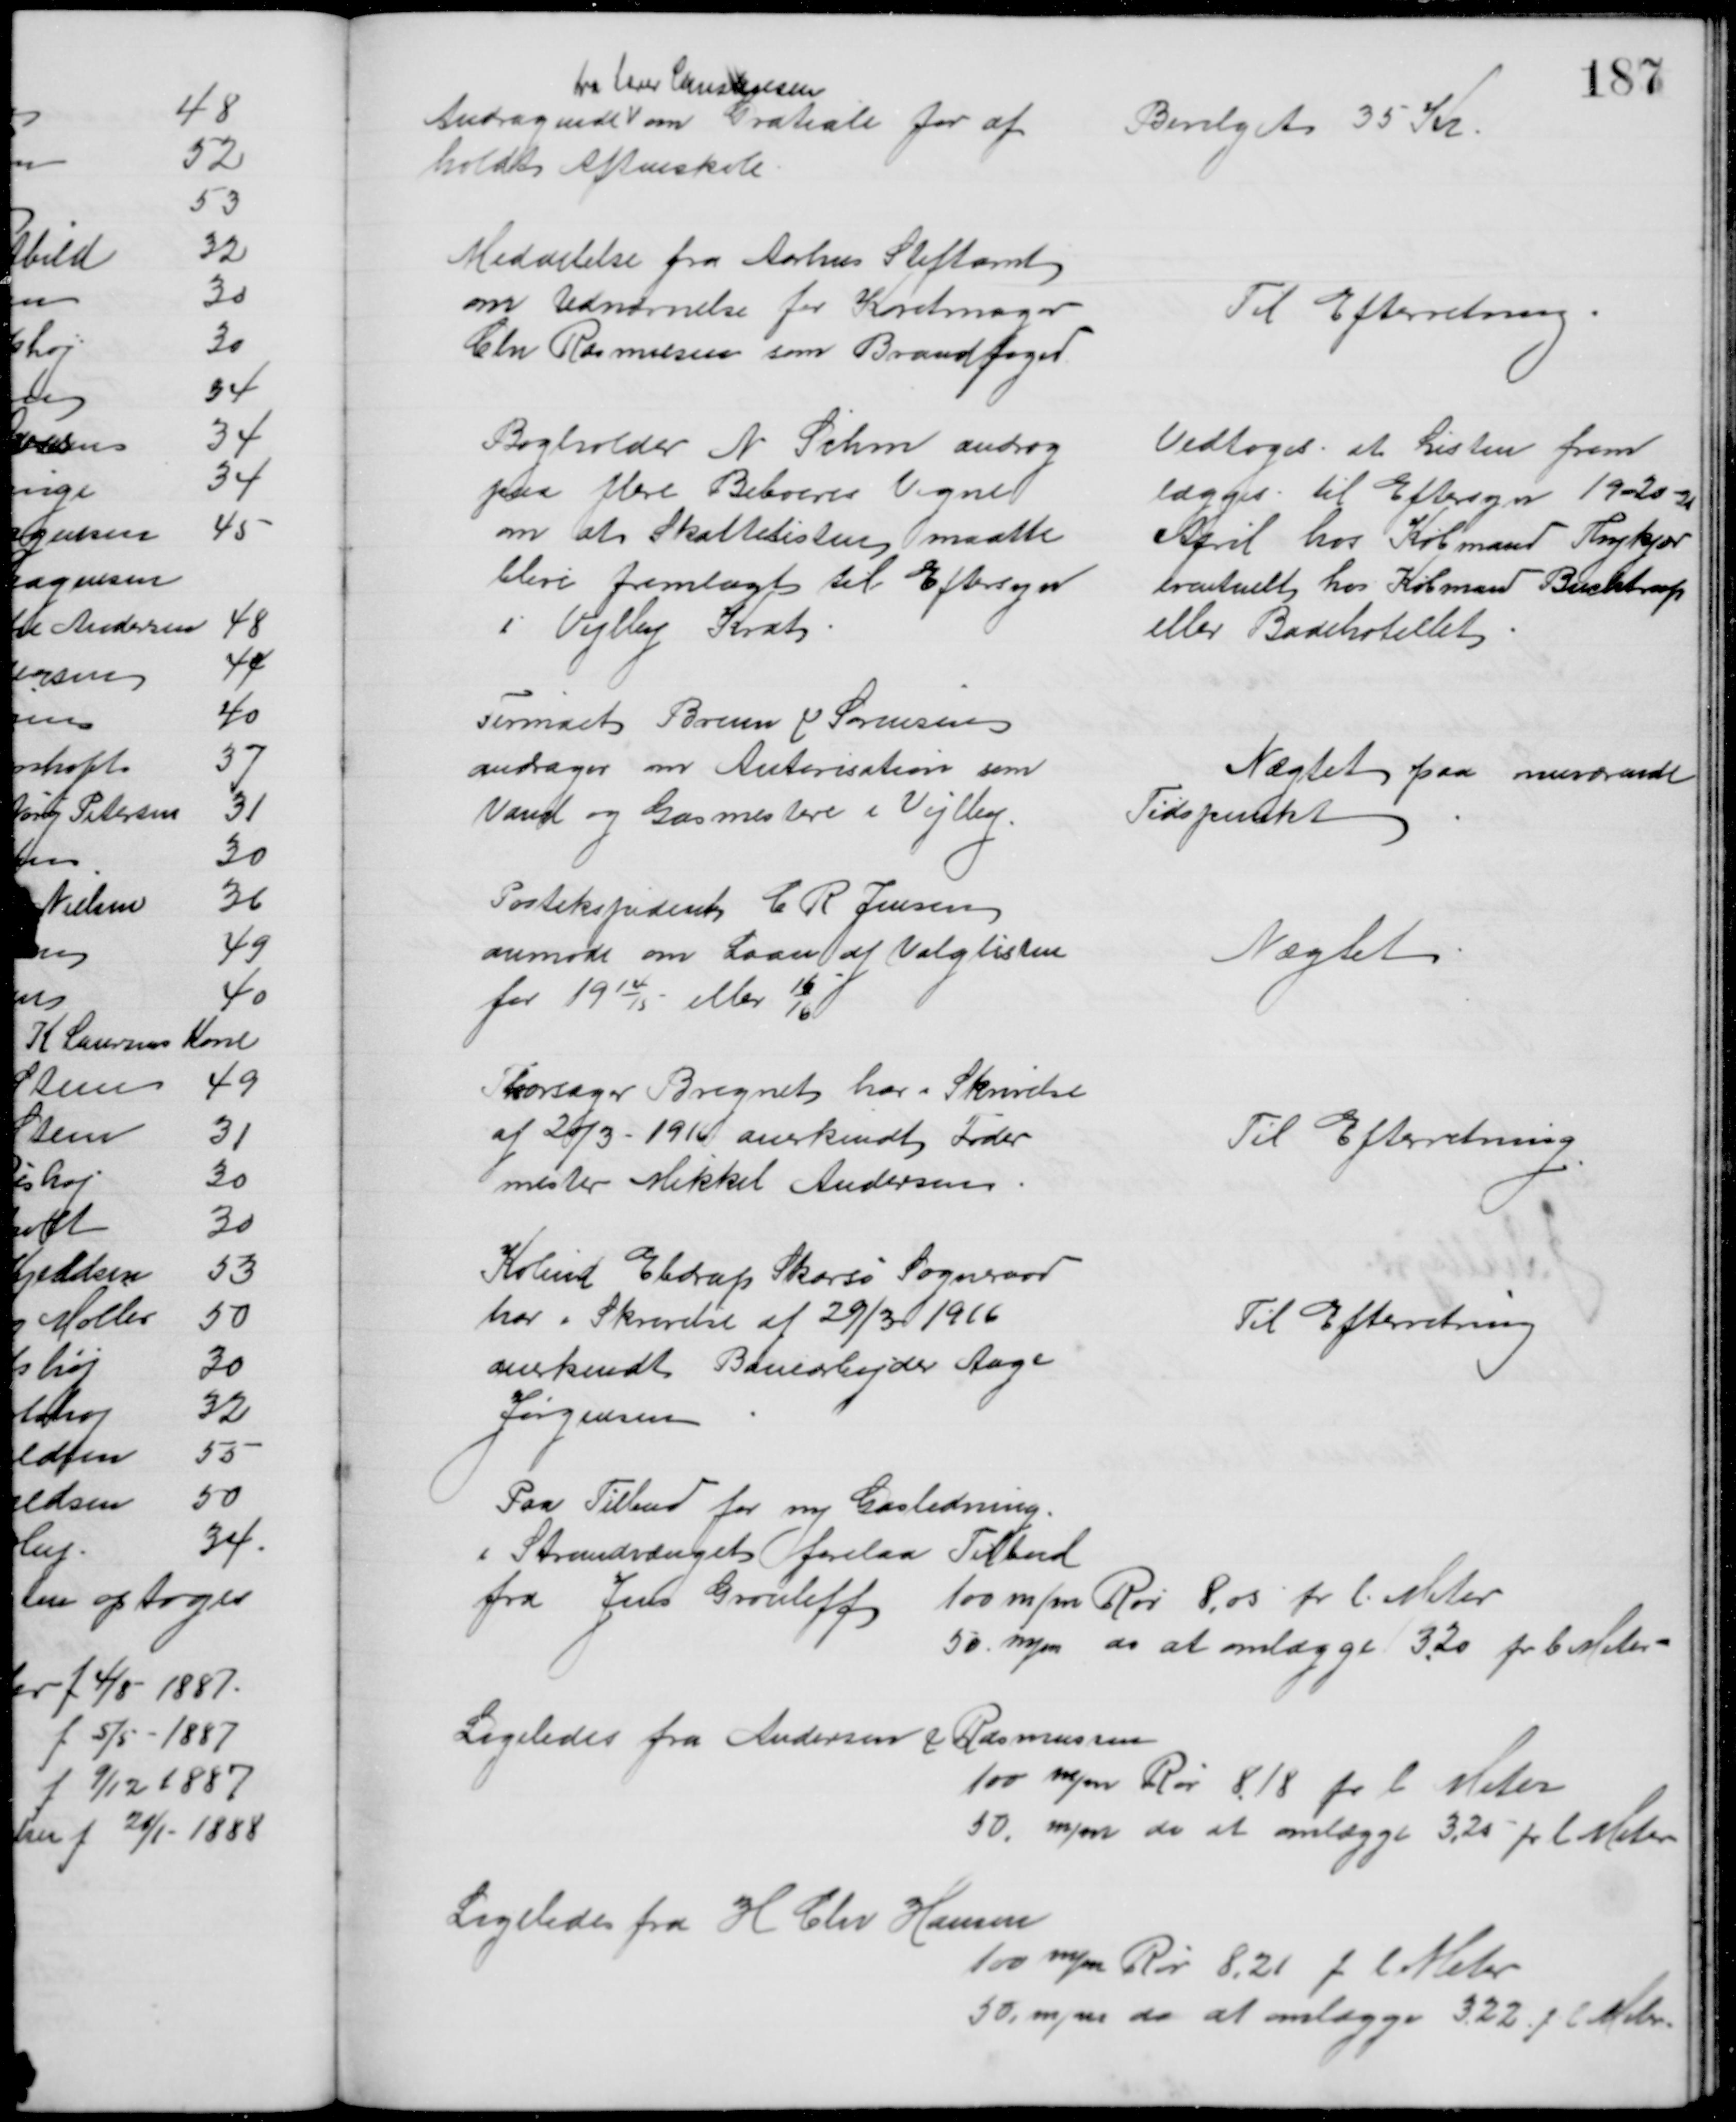
Transskription:
Andragende 
fra Lærer Christensen
om Gratiale for af
holdt Aftenskole
Bevilget 35 Kr
Meddelelse fra Aarhus Stiftamt
om Udnævnelse for Karetmager
Chr Rasmussen som Brandfoged
Til Efterretning
Bogholder N. Sihm androg
paa flere Beboeres Vegne
om at Skattelisten maatte
blive fremlagt til Eftersyn
i Vejlby Krat
Vedtoges at Listen frem
lægges til Eftersyn 19-20-21
April hos Købmand Thykjær
eventuelt hos Købmand Buchtrup
eller Badehotellet
Firmaet Bruun & Sørensen
andrager om Autorisation som
Vand og Gasmestere i Vejlby
Nægtet paa nuværende
Tidspunkt
Postekspident C. R Jensen
anmode om Laan af Valglisten
for 1914/15 eller 15/16
Nægtet
Thorsager Bregnet har i Skrivelse 
af 20/3 - 1916 anerkendt Foder
mester Mikkel Andersen
Til Efterretning
Kolind Ebdrup Skarsø Sogneraad
har i Skrivelse af 29/3 1916
anerkendt Banearbejder Aage
Jørgensen
Til Efterretning
Paa Tilbud for ny Gasledning
i Strandvænget forelaa Tilbud
fra Jens Grouleff 100 m/m Rør 8,00 pr l. Meter
50 m/m do at omlægge 3,20 pr l Meter
Ligeledes fra Andersen & Rasmussen
100 m/m Rør 8.18 pr l Meter
50, m/m do at omlægge 3,25 pr. l. Meter
Ligeledes fra H Chr Hansen
100 m/m Rør 8,21 f l Meter
50, m/m do at omlægge 3,22 p l Meter